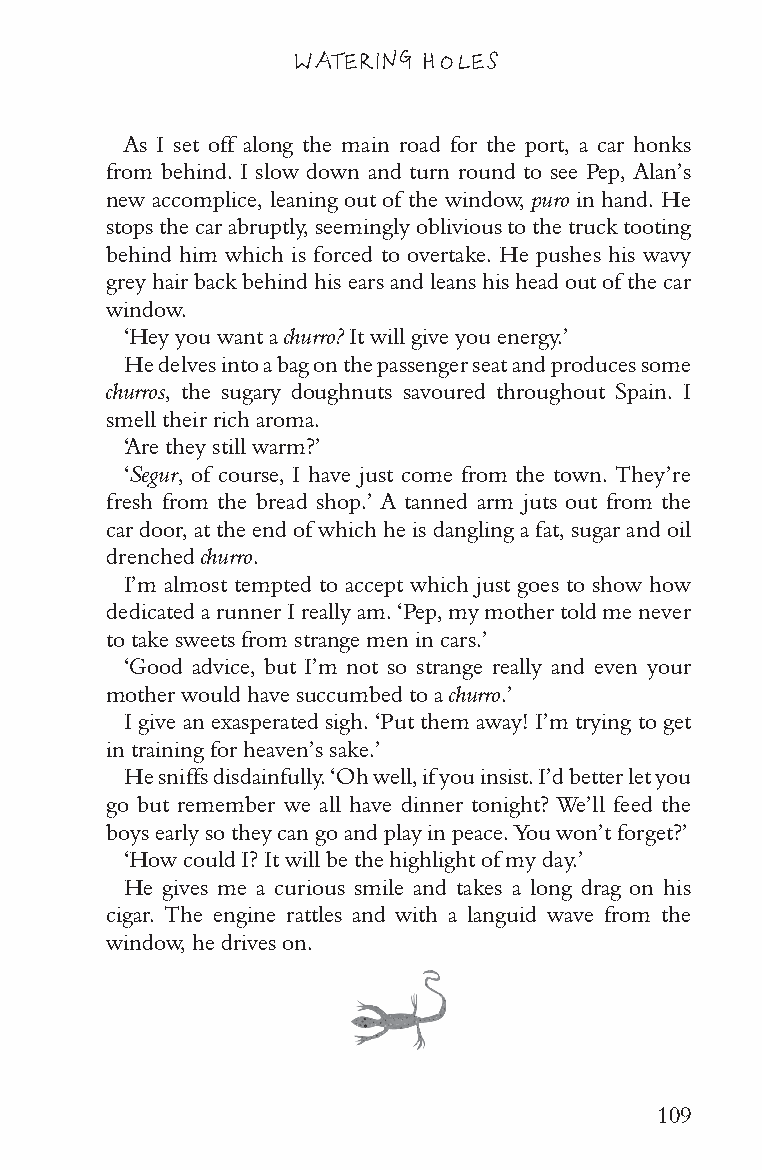
WATERING HOLES
 As I set off along the main road for the port, a car honks
 from behind. I slow down and turn round to see Pep, Alan’s
 new accomplice, leaning out of the window, puro in hand. He
 stops the car abruptly, seemingly oblivious to the truck tooting
 behind him which is forced to overtake. He pushes his wavy
 grey hair back behind his ears and leans his head out of the car
 window.
 ‘Hey you want a churro? It will give you energy.’
 He delves into a bag on the passenger seat and produces some
 churros, the sugary doughnuts savoured throughout Spain. I
 smell their rich aroma.
 ‘Are they still warm?’
 ‘Segur, of course, I have just come from the town. They’re
 fresh from the bread shop.’ A tanned arm juts out from the
 car door, at the end of which he is dangling a fat, sugar and oil
 drenched churro.
 I’m almost tempted to accept which just goes to show how
 dedicated a runner I really am. ‘Pep, my mother told me never
 to take sweets from strange men in cars.’
 ‘Good advice, but I’m not so strange really and even your
 mother would have succumbed to a churro.’
 I give an exasperated sigh. ‘Put them away! I’m trying to get
 in training for heaven’s sake.’
 He sniffs disdainfully. ‘Oh well, if you insist. I’d better let you
 go but remember we all have dinner tonight? We’ll feed the
 boys early so they can go and play in peace. You won’t forget?’
 ‘How could I? It will be the highlight of my day.’
 He gives me a curious smile and takes a long drag on his
 cigar. The engine rattles and with a languid wave from the
 window, he drives on.
 109